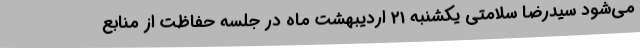
می‌شود سیدرضا سلامتی یکشنبه 21 اردیبهشت ماه در جلسه حفاظت از منابع